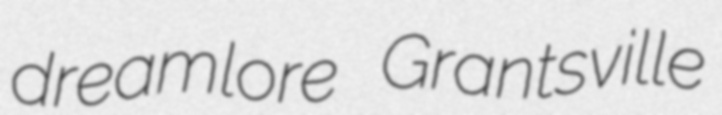
dreamlore Grantsville